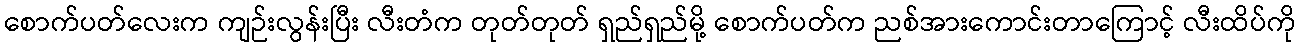
စောက်ပတ်လေးက ကျဉ်းလွန်းပြီး လီးတံက တုတ်တုတ် ရှည်ရှည်မို့ စောက်ပတ်က ညစ်အားကောင်းတာကြောင့် လီးထိပ်ကို